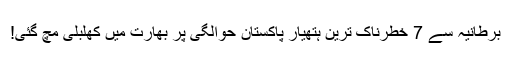
برطانیہ سے 7 خطرناک ترین ہتھیار پاکستان حوالگی پر بھارت میں کھلبلی مچ گئی!